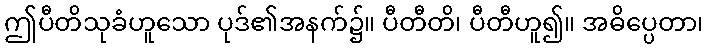
ဤပီတိသုခံဟူသော ပုဒ်၏အနက်၌။ ပီတီတိ၊ ပီတီဟူ၍။ အဓိပ္ပေတာ၊